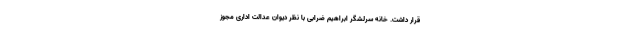
قرار داشت. خانه سرلشگر ابراهیم ضرابی با نظر دیوان عدالت اداری مجوز